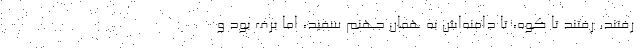
رفتند. رفتند تا کوه، تا دامنه‌اش به همان جهنم سفید، اما برف بود و